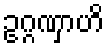
ဥဂ္ဂဏှာဟိ